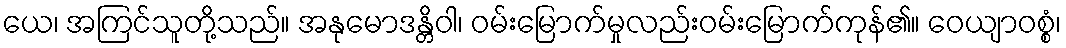
ယေ၊ အကြင်သူတို့သည်။ အနုမောဒန္တိဝါ၊ ဝမ်းမြောက်မှုလည်းဝမ်းမြောက်ကုန်၏။ ဝေယျာဝစ္စံ၊